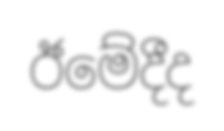
ඊමේදීද